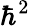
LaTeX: \hbar^{2}